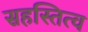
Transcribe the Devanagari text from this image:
सहस्तित्व